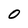
Character: 0